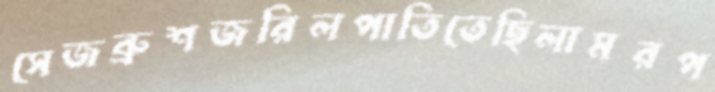
সেজব্রুশজরিলপাতিতেছিলামরপ